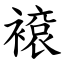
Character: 䙛